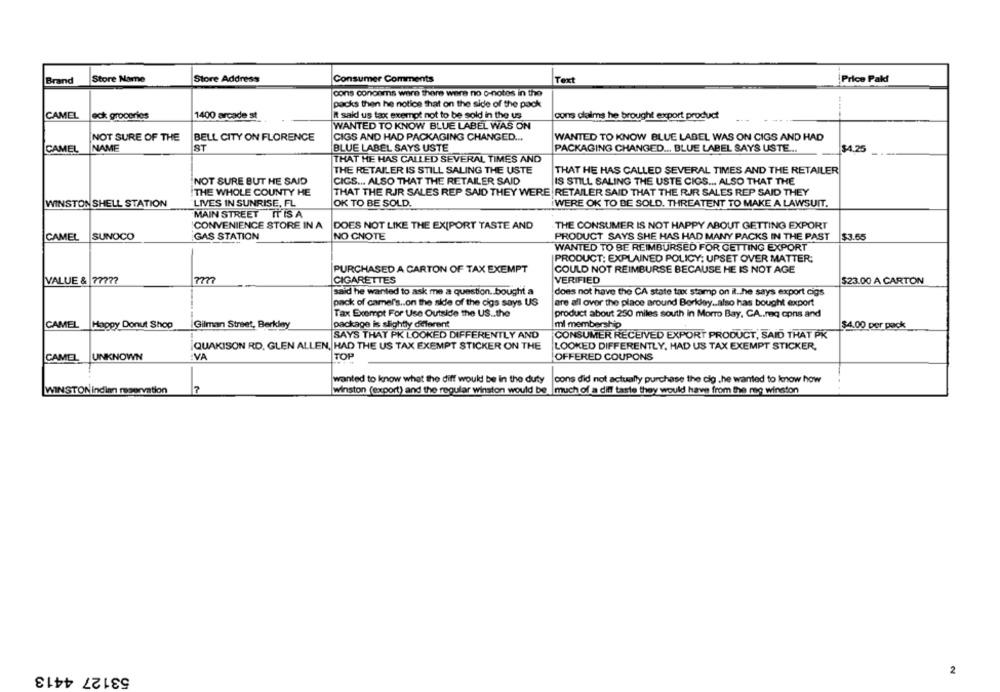
Brand
Store Name
Store Address
Consumer Comments
Text
Price Paki
cons concerns were there were no o-notes in the
packs then he notice that on the side of the pack
CAMEL
eck groceries
1400 arcade st
It sall us tax exempt not to be sold in the us
cons claims he brought export product
WANTED TO KNOW BLUE LABEL WAS ON
NOT SURE OF THE
BELL CITY ON FLORENCE
CIGS AND HAD PACKAGING CHANGED ...
WANTED TO KNOW BLUE LABEL WAS ON CIGS AND HAD
CAMEL
NAME
ST
BLUE LABEL SAYS USTE
PACKAGING CHANGED ... BLUE LABEL SAYS USTE ...
$4.25
THAT HE HAS CALLED SEVERAL TIMES AND
THE RETAILER IS STILL SALING THE USTE
THAT HE HAS CALLED SEVERAL TIMES AND THE RETAILER
NOT SURE BUT HE SAID
CIGS ... ALSO THAT THE RETAILER SAID
IS STILL SALING THE USTE CIGS ... ALSO THAT THE
THE WHOLE COUNTY HE
THAT THE RJR SALES REP SAID THEY WERE RETAILER SAID THAT THE RIR SALES REP SAID THEY
WINSTON SHELL STATION
LIVES IN SUNRISE, FL
OK TO BE SOLD.
WERE OK TO BE SOLD. THREATENT TO MAKE A LAWSUIT.
MAIN STREET ITIS A
CONVENIENCE STORE IN A
DOES NOT LIKE THE EXIPORT TASTE AND
THE CONSUMER IS NOT HAPPY ABOUT GETTING EXPORT
CAMEL
SUNOCO
GAS STATION
NO CNOTE
PRODUCT SAYS SHE HAS HAD MANY PACKS IN THE PAST
$3.65
WANTED TO BE REIMBURSED FOR GETTING EXPORT
PRODUCT: EXPLAINED POLICY; UPSET OVER MATTER;
PURCHASED A CARTON OF TAX EXEMPT
COULD NOT REIMBURSE BECAUSE HE IS NOT AGE
VALUE & 7777?
CIGARETTES
VERIFIED
$23.00 A CARTON
said he wanted to ask me a question. bought a
does not have the CA state tax stamp on it.he says export cigs
pack of camel's .. on the side of the cigs says US
are all over the place around Beriday .. also has bought export
Tax Exempt For Use Outside the US .. the
product about 250 miles south in Morro Bay, CA .. req cons and
CAMEL Happy Donut Shop
|Gilman Street, Berkley
package is slightly different
ml membership
$4.00 per pack
SAYS THAT PK LOOKED DIFFERENTLY AND
CONSUMER RECEIVED EXPORT PRODUCT, SAID THAT PK
QUAKISON RD. GLEN ALLEN, HAD THE US TAX EXEMPT STICKER ON THE
LOOKED DIFFERENTLY, HAD US TAX EXEMPT STICKER,
CAMEL
UNKNOWN
VA
TOP
OFFERED COUPONS
wanted to know what the diff would be In the duty
cons did not actually purchase the dig .he wanted to know how
7
WINSTON Indian reservation
winston (export) and the regular winston would be much of a diff taste they would have from the meg winston
53127 4413
2